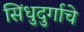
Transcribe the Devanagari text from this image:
सिंधुदुर्गाचे